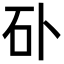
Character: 𥐚